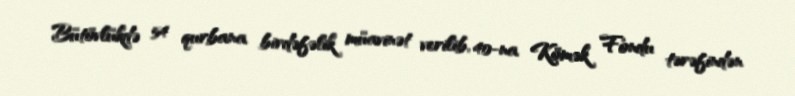
Bütövlükdə 54 qurbana birdəfəlik müavinət verilib, 40-na Kömək Fondu tərəfindən